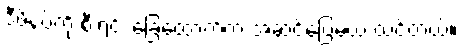
ဒီဖိနပ်ကို စီးရင်း ခြေထောက်က အဆင်ပြေမယ် ထင်တယ်။